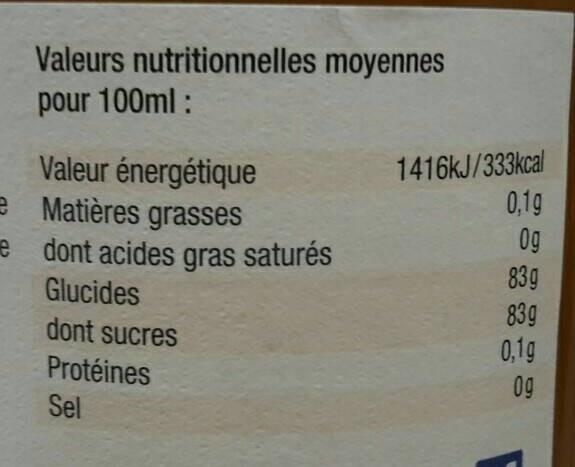
Valeurs nutritionnelles moyennes pour 100ml:
Valeur énergétique
e Matières grasses
e dont acides gras saturés
Glucides
dont sucres
Protéines
Sel
1416kJ/333kcal
0,1g
0g
83g
839
0,1g
09